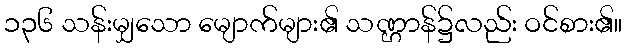
၁၃၆ သန်းမျှသော မျောက်များ၏ သဏ္ဌာန်၌လည်း ဝင်စား၏။